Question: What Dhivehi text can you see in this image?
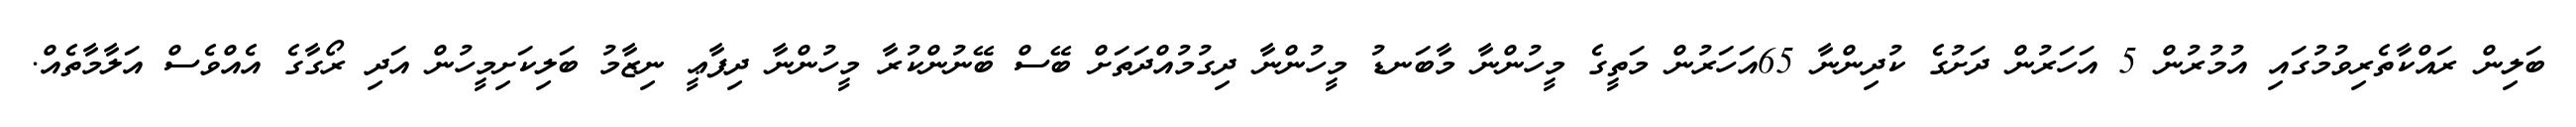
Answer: ބަލިން ރައްކާތެރިވުމުގައި އުމުރުން 5 އަހަރުން ދަށުގެ ކުދިންނާ 65އަހަރުން މަތީގެ މީހުންނާ މާބަނޑު މީހުންނާ ދިގުމުއްދަތަށް ބޭސް ބޭނުންކުރާ މީހުންނާ ދިފާޢީ ނިޒާމު ބަލިކަށިމީހުން އަދި ރޯގާގެ އެއްވެސް އަލާމާތެއް.